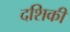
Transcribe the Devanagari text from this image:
दशिकी